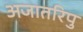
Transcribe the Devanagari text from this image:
अजातरिपु